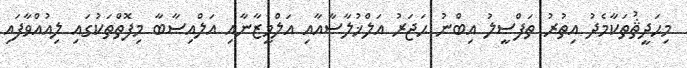
މިޙަދީޘުތަކާމެދު އިތުރު ތަފްޞީލު އިބްނު ޙަޖަރު އަލްޚުލާޞާއާއި އަލްމީޒާނާއި އަލްއިޞާބާ މިފޮތްތަކުގައި ލިއުއްވާފައި